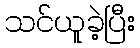
သင်ယူခဲ့ပြီး